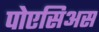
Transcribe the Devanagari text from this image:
पोएसिअस